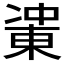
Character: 𰄋